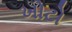
ખોટો